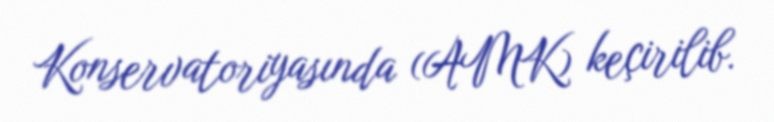
Konservatoriyasında (AMK) keçirilib.